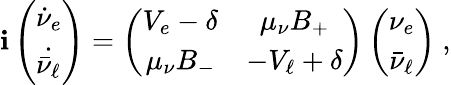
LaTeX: \mathbf{i}\left(\begin{array}{l}{{\dot{\nu}_{e}}}\\ {{\dot{\bar{\nu}_{\ell}}}}\end{array}\right)=\left(\begin{array}{cc}{{V_{e}-\delta}}&{{\mu_{\nu}B_{+}}}\\ {{\mu_{\nu}B_{-}}}&{{-V_{\ell}+\delta}}\end{array}\right)\left(\begin{array}{c}{{\nu_{e}}}\\ {{\bar{\nu}_{\ell}}}\end{array}\right)~,